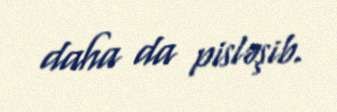
daha da pisləşib.